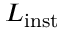
L _ { \mathrm { i n s t } }